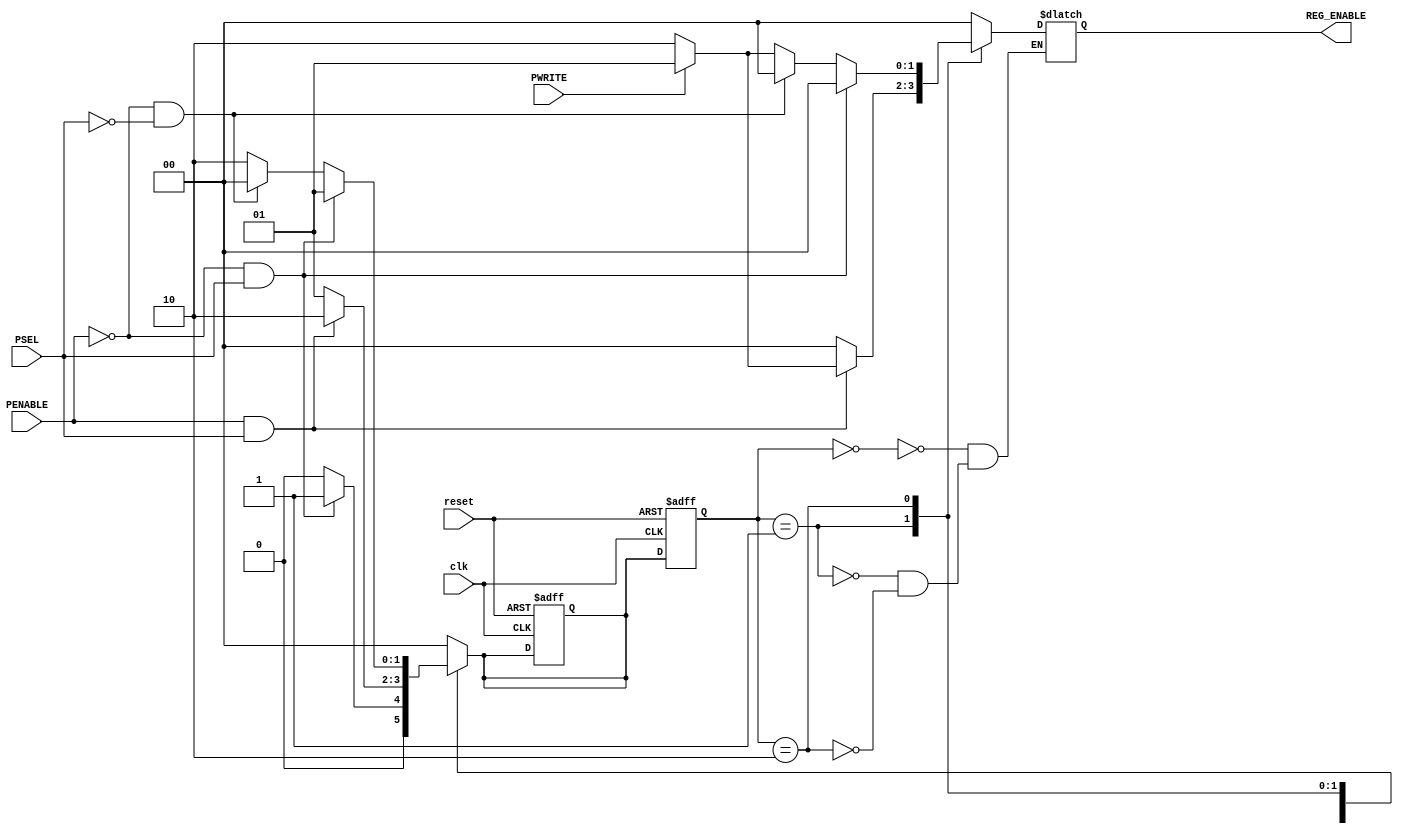
`resetall
`timescale 1ns/10ps
module APB_Slave #(
  parameter DATA_WIDTH = 32,
  parameter [1:0]    IDLE = 2'b00,
                     SETUP = 2'b01,
                     ACCESS_APB = 2'b10
  )
  (// Port Declarations
  input wire         clk,
  input wire         reset,            //async reset - active low
  input wire         PENABLE,
  input wire         PSEL,
  input wire         PWRITE,
  
  output reg [1:0]   REG_ENABLE
);

  //defining states
  reg [1:0]     current_state;
  reg [1:0]     next_state;
  
  always@(posedge clk or negedge reset)
  begin:loopi12
    if (!reset)
    begin
      current_state <= IDLE;
      next_state <= 0;    
    end  
    else
      current_state <= next_state;
  end
  
  always@(current_state or PENABLE or PSEL or PWRITE)
  begin: FSM
    case (current_state)
      IDLE:
        begin
          if      (PENABLE == 1'b0 && PSEL == 1'b1)
          begin
            next_state = SETUP;
            REG_ENABLE = 2'b00;
          end
          else
          begin
            next_state = IDLE;
            REG_ENABLE = 2'b00;
          end
        end
     
      SETUP:
         begin
          if      (PENABLE == 1'b1 && PSEL == 1'b1)
            begin
            next_state = ACCESS_APB;
            if (PWRITE == 1'b1)              
              REG_ENABLE = 2'b01;
            else
              REG_ENABLE = 2'b10;
            end
          else
            begin
            next_state = SETUP;
            REG_ENABLE = 2'b00;
            end
          end

      ACCESS_APB:
         begin
          if      (PENABLE == 1'b0 && PSEL == 1'b1)
            begin
            next_state = SETUP;
            REG_ENABLE = 2'b00;
            end
          else if (PENABLE == 1'b0 && PSEL == 1'b0)
            begin
            next_state = IDLE;
            REG_ENABLE = 2'b00;
            end
          else
          begin
            next_state = ACCESS_APB;
            if (PWRITE == 1'b1)              
              REG_ENABLE = 2'b01;
            else
              REG_ENABLE = 2'b10;
          end
          end
      default: next_state = IDLE;
    endcase
  end
endmodule